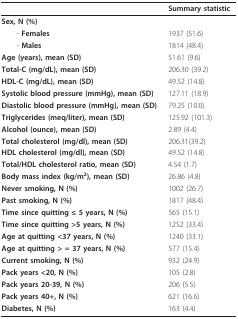
<table><thead><tr><td></td><td><b>Summary statistic</b></td></tr></thead><tbody><tr><td><b>Sex, N (%)</b></td><td></td></tr><tr><td> - <b>Females</b></td><td>1937 (51.6)</td></tr><tr><td> - <b>Males</b></td><td>1814 (48.4)</td></tr><tr><td><b>Age (years), mean (SD)</b></td><td>51.61 (9.6)</td></tr><tr><td><b>Total-C (mg/dL), mean (SD)</b></td><td>206.30 (39.2)</td></tr><tr><td><b>HDL-C (mg/dL), mean (SD)</b></td><td>49.52 (14.8)</td></tr><tr><td><b>Systolic blood pressure (mmHg), mean (SD)</b></td><td>127.11 (18.9)</td></tr><tr><td><b>Diastolic blood pressure (mmHg), mean (SD)</b></td><td>79.25 (10.0)</td></tr><tr><td><b>Triglycerides (meq/liter), mean (SD)</b></td><td>125.92 (101.3)</td></tr><tr><td><b>Alcohol (ounce), mean (SD)</b></td><td>2.89 (4.4)</td></tr><tr><td><b>Total cholesterol (mg/dl), mean (SD)</b></td><td>206.31(39.2)</td></tr><tr><td><b>HDL cholesterol (mg/dl), mean (SD)</b></td><td>49.52 (14.8)</td></tr><tr><td><b>Total/HDL cholesterol ratio, mean (SD)</b></td><td>4.54 (1.7)</td></tr><tr><td><b>Body mass index (kg/m</b><sup><b>2</b></sup><b>), mean (SD)</b></td><td>26.86 (4.8)</td></tr><tr><td><b>Never smoking, N (%)</b></td><td>1002 (26.7)</td></tr><tr><td><b>Past smoking, N (%)</b></td><td>1817 (48.4)</td></tr><tr><td><b>Time since quitting ≤ 5 years, N (%)</b></td><td>565 (15.1)</td></tr><tr><td><b>Time since quitting &gt;5 years, N (%)</b></td><td>1252 (33.4)</td></tr><tr><td><b>Age at quitting &lt;37 years, N (%)</b></td><td>1240 (33.1)</td></tr><tr><td><b>Age at quitting &gt; = 37 years, N (%)</b></td><td>577 (15.4)</td></tr><tr><td><b>Current smoking, N (%)</b></td><td>932 (24.9)</td></tr><tr><td><b>Pack years &lt;20, N (%)</b></td><td>105 (2.8)</td></tr><tr><td><b>Pack years 20-39, N (%)</b></td><td>206 (5.5)</td></tr><tr><td><b>Pack years 40+, N (%)</b></td><td>621 (16.6)</td></tr><tr><td><b>Diabetes, N (%)</b></td><td>163 (4.4)</td></tr></tbody></table>